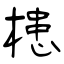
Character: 槵